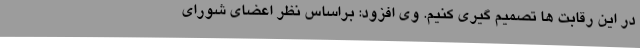
در این رقابت ها تصمیم گیری کنیم. وی افزود: براساس نظر اعضای شورای